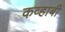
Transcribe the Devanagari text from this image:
कव्हाबी